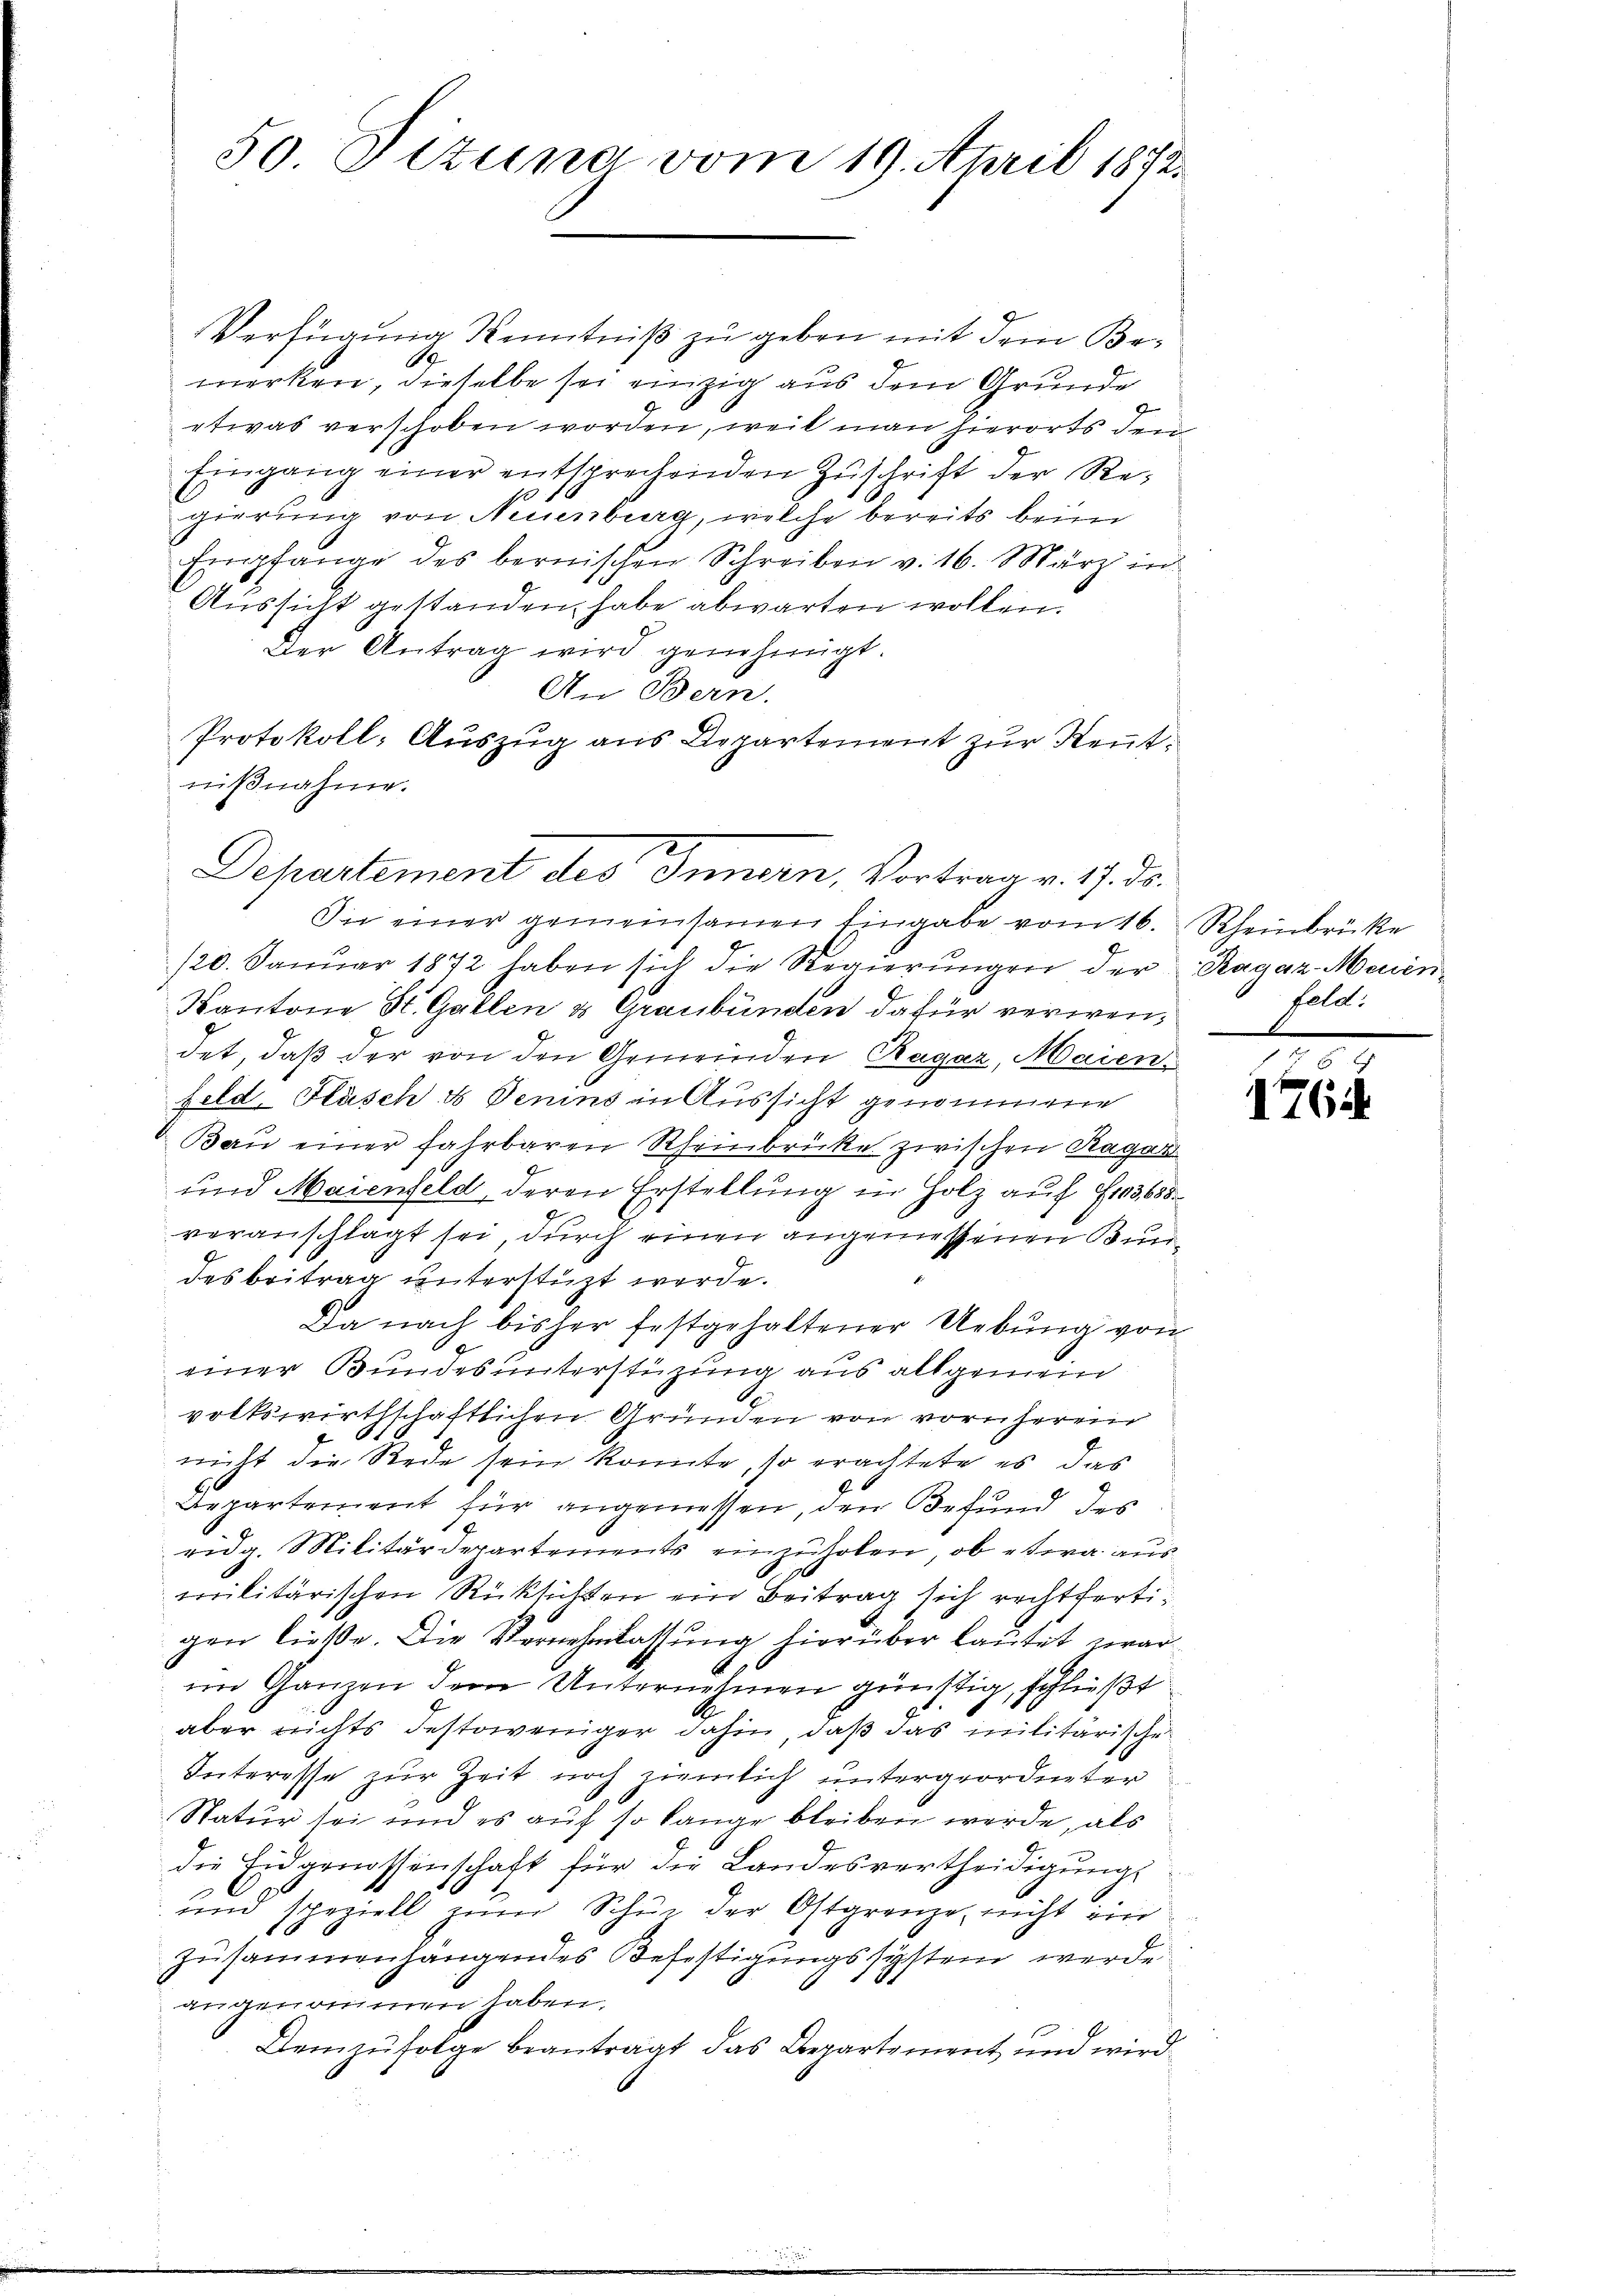
50. Sizung vom 19. April 1872.

Verfügung Kenntniß zu geben mit dem Be¬
A
merken, dieselbe sei einzig aus dem Grunde
etwas verschoben worden, weil man hierorts den
Eingang einer entsprechenden Zuschrift der Regierung von Neuenburg, welche bereits beim
Empfange des bernischen Schreiben v. 16. März in
Aussicht gestanden habe abwarten wollen.
Der Antrag wird genehmigt.
An Bern.
Protokoll-Auszug aus Departement zur Kenntnißnahme.

Departement des Innern, Vortrag v. 1. ds.
In einer gemeinsamen Eingabe vom 16. Rheinbrücke

120. Januar 1872 haben sich die Regierungen der Ragaz-Menin¬
Kantone St. Gallen & Graubünden dafür verwendet, daß der von den Gemeinden Ragaz, Maien-
feld, Fläsch & Senins in Aussicht genommene
Bau einer fahrbaren Rheinbrücke zwischen Ragar
und Maienfeld, deren Erstellung in Holz auf 103,658.
veranschlagt sei durch einen angemessenen Bunf
des beitrag unterstüzt werde.
Da nach bisher festgehaltener Uebung von
einer Bundes unterstüzung aus allgemein
volkswirthschaftlichen Gründen von vornherein
nicht die Rede sein konnte, so erachtete es das
Departement für angemessen, den Befund des
ridg. Militärdepartements einzuholen, ob etwa aus
militärischen Rücksichten ein Beitrag sich rechtfertigen ließe. Die Vernehmlassung hierüber lautet zwar
im Ganzen dem Unternehmen günstig, schließt
aber nichts Festoweniger dahin, daß das militärische
Interesse zur Zeit noch ziemlich untergeordneter
Natur sei und es auf so lange bleiben werde, als
die Eidgenossenschaft für die Landesvertheidigungs¬
 und speziell zum Schön der Ostgrenze, nicht ein
zusammenhangendes Befestigungssystem werde
angenommen haben.
Demzufolge beantragt das Departement und wird

feld:

27
1761